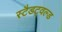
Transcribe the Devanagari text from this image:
स्टैडट्वल्ड